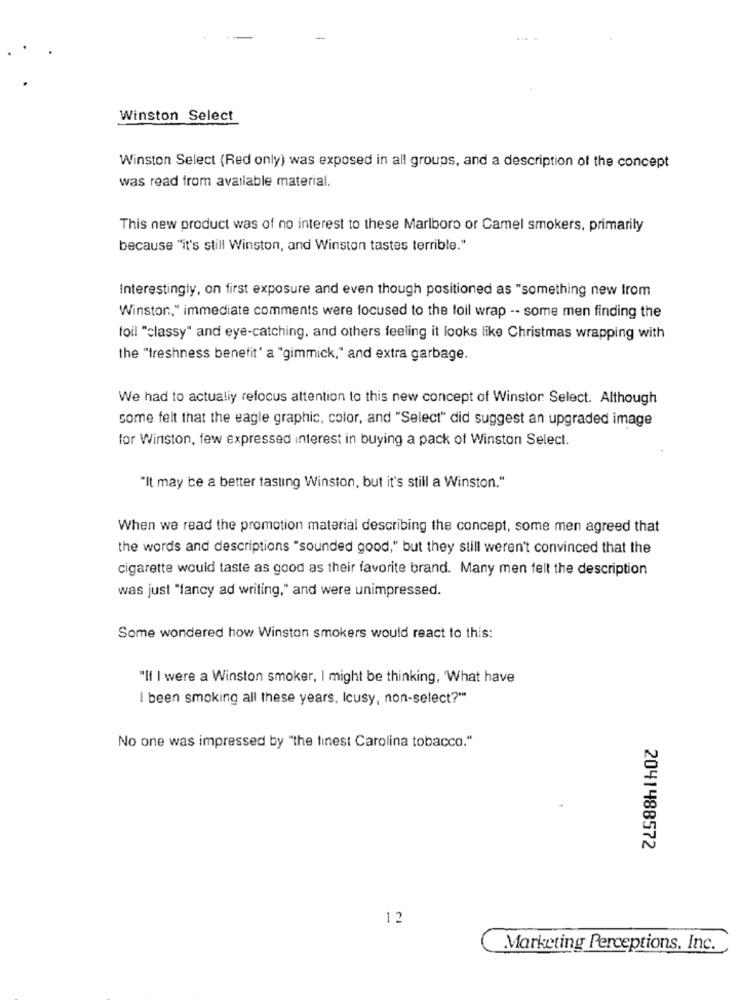
Winston Select
Winston Select (Red only) was exposed in all groups, and a description of the concept
was read from available material.
This new product was of no interest to these Marlboro or Camel smokers, primarily
because "it's still Winston, and Winston tastes terrible."
Interestingly, on first exposure and even though positioned as "something new from
Winston," immediate comments were focused to the toil wrap -- some men finding the
toil "classy" and eye-catching, and others feeling it looks like Christmas wrapping with
the "freshness benetit' a "gimmick," and extra garbage.
We had to actually refocus attention to this new concept of Winstor Select. Although
some felt that the eagle graphic, color, and "Select" did suggest an upgraded image
for Winston, few expressed interest in buying a pack of Winston Select.
"It may be a better tasting Winston, but it's still a Winston."
When we read the promotion material describing the concept, some men agreed that
the words and descriptions "sounded good," but they still weren't convinced that the
cigarette would taste as good as their favorite brand. Many men felt the description
was just "fancy ad writing," and were unimpressed.
Some wondered how Winston smokers would react to this:
"If I were a Winston smoker, I might be thinking, 'What have
I been smoking all these years, Icusy, non-select?""
No one was impressed by "the finest Carolina tobacco."
2041488572
12
Marketing Perceptions, Inc.